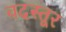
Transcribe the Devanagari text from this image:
वदस्तूर